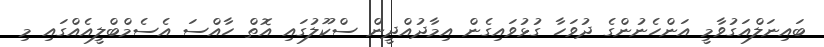
ބައިނަލްއަގުވާމީ އަންހެނުންގެ ދުވަހާ ގުޅުވައިގެން އިމާދުއްދީން ސްކޫލުގައި އޮތް ހާއްސަ އެސެމްބްލީއެއްގައި މި